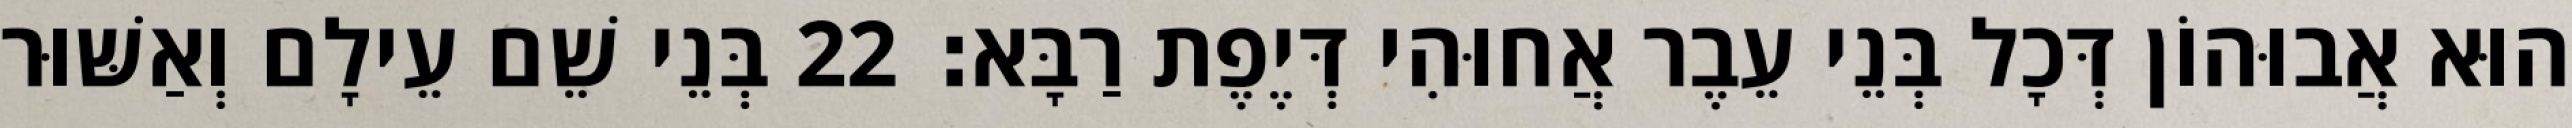
הוּא אֲבוּהוֹן דְּכָל בְּנֵי עֵבֶר אֲחוּהִי דְּיֶפֶת רַבָּא׃ 22 בְּנֵי שֵׁם עֵילָם וְאַשּׁוּר